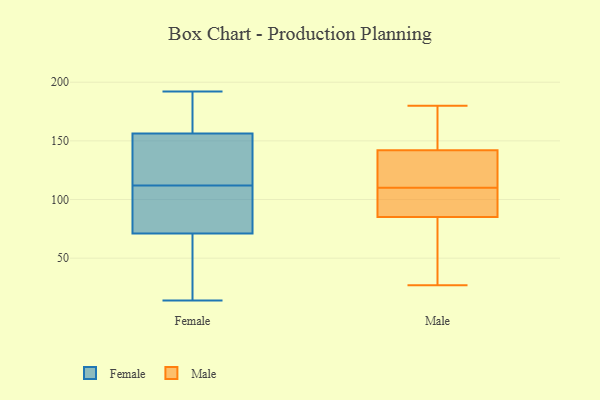
{"axis": {"x": "Market Share (%)", "y": "Value"}, "legend": ["Female", "Male"], "data": [{"x": "", "y": 34, "type": "Female"}, {"x": "", "y": 51, "type": "Female"}, {"x": "", "y": 157, "type": "Female"}, {"x": "", "y": 128, "type": "Female"}, {"x": "", "y": 164, "type": "Female"}, {"x": "", "y": 103, "type": "Female"}, {"x": "", "y": 14, "type": "Female"}, {"x": "", "y": 168, "type": "Female"}, {"x": "", "y": 143, "type": "Female"}, {"x": "", "y": 170, "type": "Female"}, {"x": "", "y": 112, "type": "Female"}, {"x": "", "y": 70, "type": "Female"}, {"x": "", "y": 192, "type": "Female"}, {"x": "", "y": 82, "type": "Female"}, {"x": "", "y": 134, "type": "Female"}, {"x": "", "y": 74, "type": "Female"}, {"x": "", "y": 99, "type": "Female"}, {"x": "", "y": 70, "type": "Female"}, {"x": "", "y": 154, "type": "Female"}, {"x": "", "y": 69, "type": "Male"}, {"x": "", "y": 34, "type": "Male"}, {"x": "", "y": 27, "type": "Male"}, {"x": "", "y": 106, "type": "Male"}, {"x": "", "y": 113, "type": "Male"}, {"x": "", "y": 180, "type": "Male"}, {"x": "", "y": 91, "type": "Male"}, {"x": "", "y": 141, "type": "Male"}, {"x": "", "y": 160, "type": "Male"}, {"x": "", "y": 85, "type": "Male"}, {"x": "", "y": 99, "type": "Male"}, {"x": "", "y": 80, "type": "Male"}, {"x": "", "y": 139, "type": "Male"}, {"x": "", "y": 142, "type": "Male"}, {"x": "", "y": 121, "type": "Male"}, {"x": "", "y": 146, "type": "Male"}, {"x": "", "y": 107, "type": "Male"}, {"x": "", "y": 178, "type": "Male"}]}